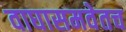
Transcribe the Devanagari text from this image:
वाघासमवेतच